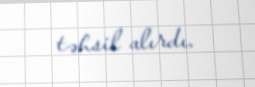
təhsil alırdı.